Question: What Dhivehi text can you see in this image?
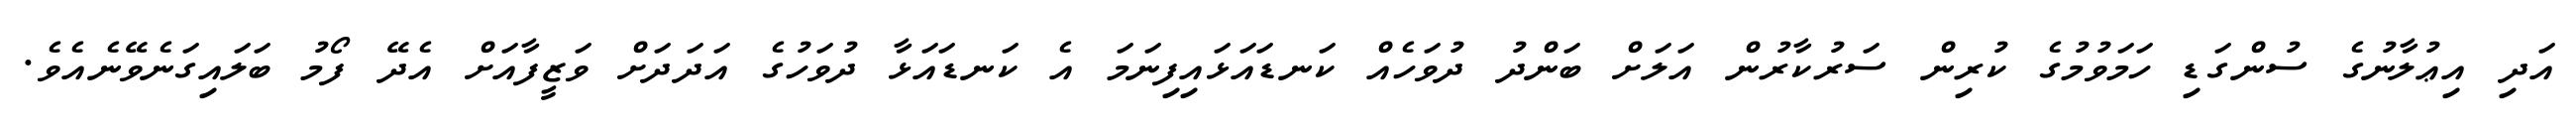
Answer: އަދި އިޢުލާނުގެ ސުންގަޑި ހަމަވުމުގެ ކުރިން ސަރުކާރުން އަލަށް ބަންދު ދުވަހެއް ކަނޑައަޅައިފިނަމަ އެ ކަނޑައަޅާ ދުވަހުގެ އަދަދަށް ވަޒީފާއަށް އެދޭ ފޯމު ބަލައިގަނެވޭނެއެވެ.